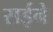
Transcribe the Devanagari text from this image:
सईने